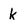
Character: k